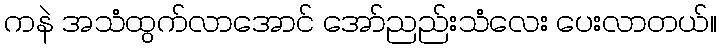
ကနဲ အသံထွက်လာအောင် အော်ညည်းသံလေး ပေးလာတယ်။